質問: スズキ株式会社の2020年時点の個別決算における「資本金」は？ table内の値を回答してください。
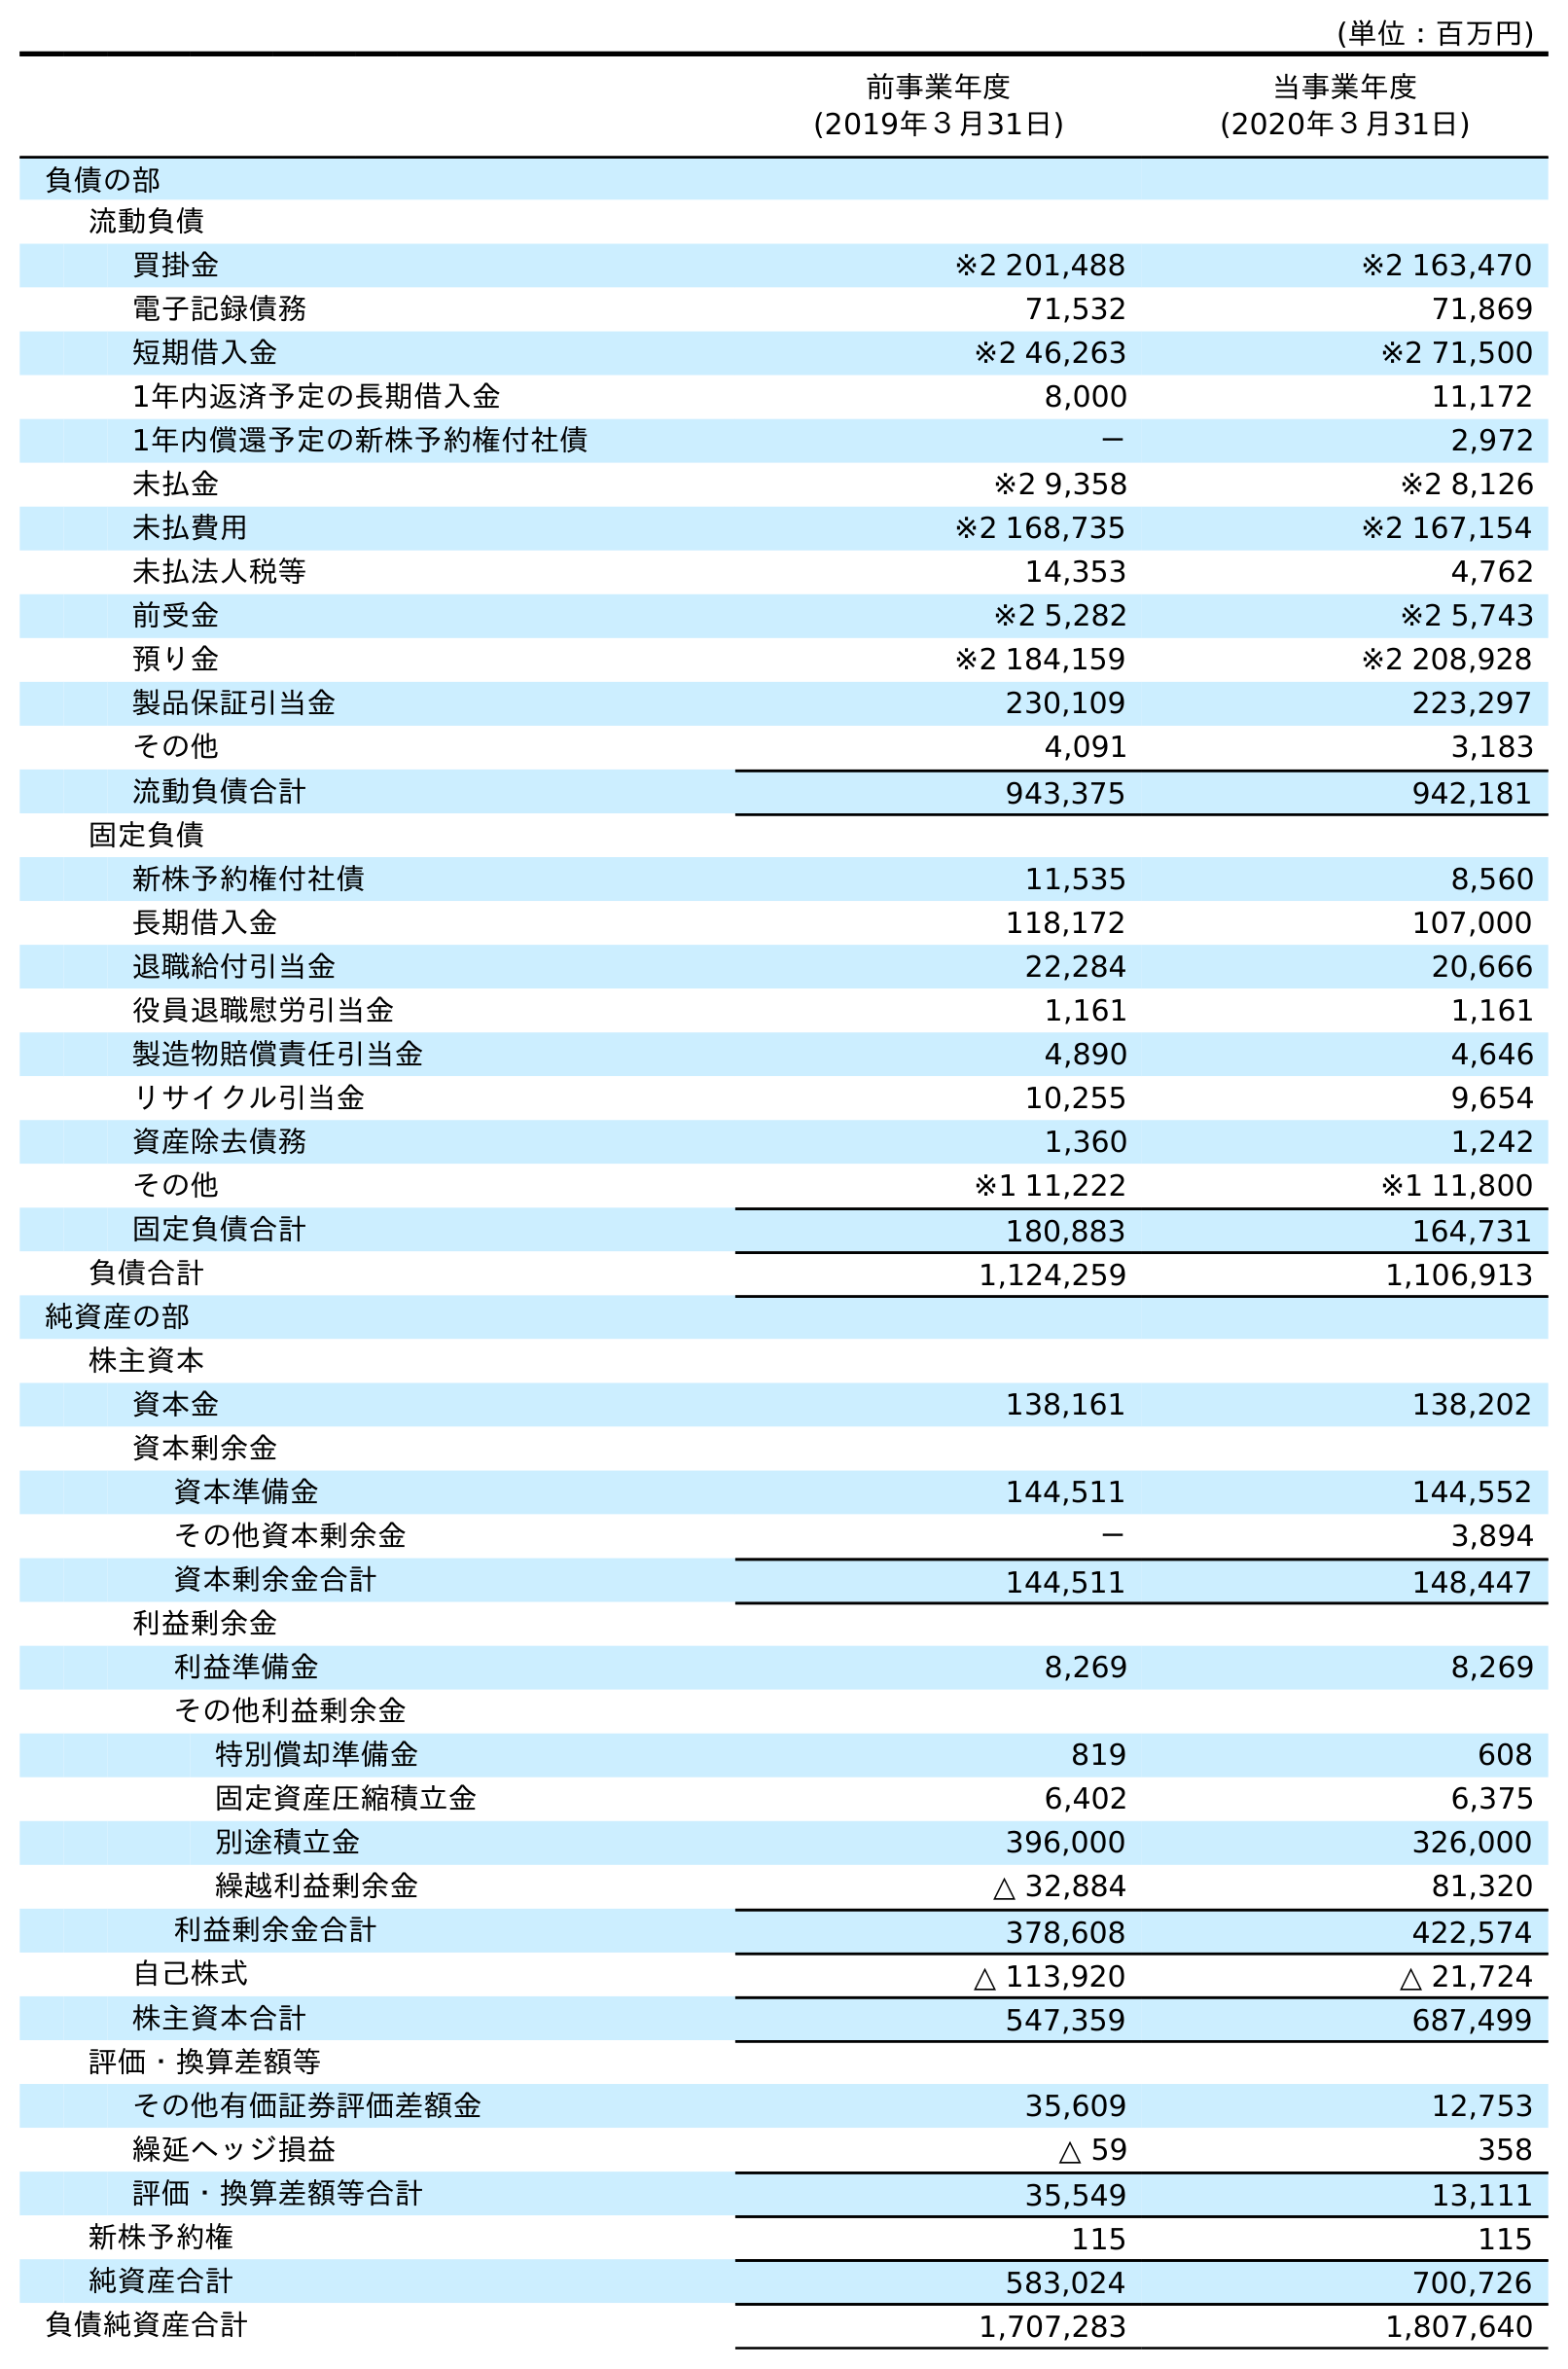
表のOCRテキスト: (単位：百万円) 前事業年度 (2019年３月31日) 当事業年度 (2020年３月31日) 負債の部 流動負債 買掛金 ※2 201,488 ※2 163,470 電子記録債務 71,532 71,869 短期借入金 ※2 46,263 ※2 71,500 1年内返済予定の長期借入金 8,000 11,172 1年内償還予定の新株予約権付社債 － 2,972 未払金 ※2 9,358 ※2 8,126 未払費用 ※2 168,735 ※2 167,154 未払法人税等 14,353 4,762 前受金 ※2 5,282 ※2 5,743 預り金 ※2 184,159 ※2 208,928 製品保証引当金 230,109 223,297 その他 4,091 3,183 流動負債合計 943,375 942,181 固定負債 新株予約権付社債 11,535 8,560 長期借入金 118,172 107,000 退職給付引当金 22,284 20,666 役員退職慰労引当金 1,161 1,161 製造物賠償責任引当金 4,890 4,646 リサイクル引当金 10,255 9,654 資産除去債務 1,360 1,242 その他 ※1 11,222 ※1 11,800 固定負債合計 180,883 164,731 負債合計 1,124,259 1,106,913 純資産の部 株主資本 資本金 138,161 138,202 資本剰余金 資本準備金 144,511 144,552 その他資本剰余金 － 3,894 資本剰余金合計 144,511 148,447 利益剰余金 利益準備金 8,269 8,269 その他利益剰余金 特別償却準備金 819 608 固定資産圧縮積立金 6,402 6,375 別途積立金 396,000 326,000 繰越利益剰余金 △ 32,884 81,320 利益剰余金合計 378,608 422,574 自己株式 △ 113,920 △ 21,724 株主資本合計 547,359 687,499 評価・換算差額等 その他有価証券評価差額金 35,609 12,753 繰延ヘッジ損益 △ 59 358 評価・換算差額等合計 35,549 13,111 新株予約権 115 115 純資産合計 583,024 700,726 負債純資産合計 1,707,283 1,807,640
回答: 138,202